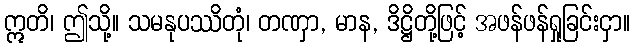
ဣတိ၊ ဤသို့။ သမနုပဿိတုံ၊ တဏှာ, မာန, ဒိဋ္ဌိတို့ဖြင့် အဖန်ဖန်ရှုခြင်းငှာ။